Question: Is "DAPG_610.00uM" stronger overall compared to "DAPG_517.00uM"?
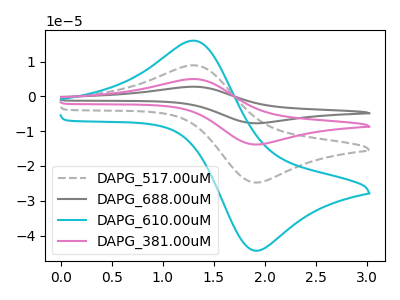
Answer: <think>The gray dashed curve "DAPG_517.00uM" has an anodic peak at (1.30V, 8.95uA) and a cathodic peak at (1.90V, -24.70uA). The gray curve "DAPG_688.00uM" has an anodic peak at (1.30V, 26.85uA) and a cathodic peak at (1.90V, -74.10uA). The cyan curve "DAPG_610.00uM" has an anodic peak at (1.30V, 16.05uA) and a cathodic peak at (1.90V, -44.25uA). The pink curve "DAPG_381.00uM" has an anodic peak at (1.30V, 17.90uA) and a cathodic peak at (1.90V, -49.40uA).
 All the peaks in "DAPG_610.00uM" have a peak in "DAPG_517.00uM" at the same potential. Every peak in "DAPG_610.00uM" is higher than every peak in "DAPG_517.00uM".</think>
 <answer>"DAPG_610.00uM" has more signal than "DAPG_517.00uM".</answer>
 <eval>more_signal</eval>